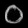
Digit: ၀